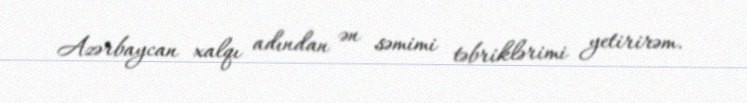
Azərbaycan xalqı adından ən səmimi təbriklərimi yetirirəm.